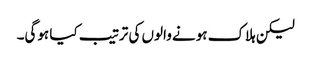
لیکن ہلاک ہونے والوں کی ترتیب کیا ہوگی۔